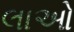
લાઓ